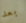
بعد